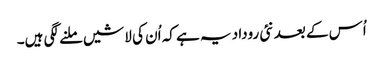
اُس کے بعد نئی روداد یہ ہے کہ اُن کی لاشیں ملنے لگی ہیں۔